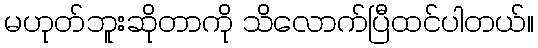
မဟုတ်ဘူးဆိုတာကို သိလောက်ပြီထင်ပါတယ်။